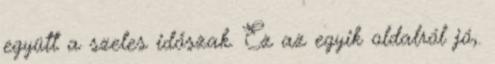
együtt a szeles időszak. Ez az egyik oldalról jó,.